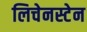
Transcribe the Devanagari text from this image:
लिचेनस्टेन